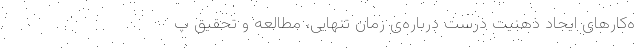
ه‌کار‌های ایجاد ذهنیت درست درباره‌ی زمان تنهایی، مطالعه و تحقیق پ